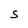
Character: s